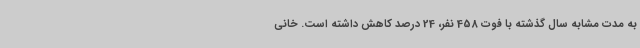
به مدت مشابه سال گذشته با فوت 458 نفر، 24 درصد کاهش داشته است. خانی